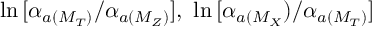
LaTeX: \ln \, [ \alpha _ { a ( M _ { T } ) } / \alpha _ { a ( M _ { Z } ) } ] , \, \, \ln \, [ \alpha _ { a ( M _ { X } } ) / \alpha _ { a ( M _ { T } ) } ]